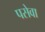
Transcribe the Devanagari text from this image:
पसेवा